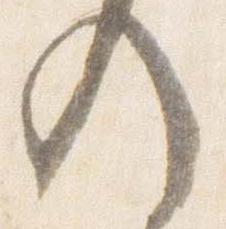
入